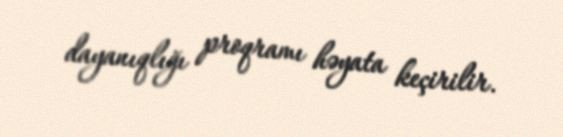
dayanıqlığı proqramı həyata keçirilir.